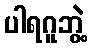
ပါရဂူဘွဲ့